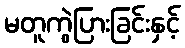
မတူကွဲပြားခြင်းနှင့်